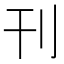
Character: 刊